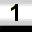
Digit: 1